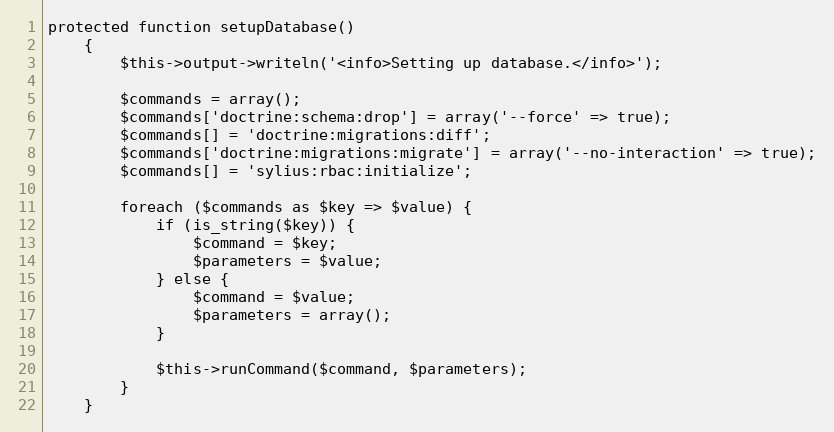
Language: PHP
protected function setupDatabase()
    {
        $this->output->writeln('<info>Setting up database.</info>');

        $commands = array();
        $commands['doctrine:schema:drop'] = array('--force' => true);
        $commands[] = 'doctrine:migrations:diff';
        $commands['doctrine:migrations:migrate'] = array('--no-interaction' => true);
        $commands[] = 'sylius:rbac:initialize';

        foreach ($commands as $key => $value) {
            if (is_string($key)) {
                $command = $key;
                $parameters = $value;
            } else {
                $command = $value;
                $parameters = array();
            }

            $this->runCommand($command, $parameters);
        }
    }